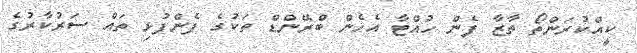
ކީއްކުރަންތޯ ތާޒާ ފެން ހުއްޓާ އެހެން ބްރޭންޑް ތަކުގެ ފެންފުޅި ތައް ސަރުކާރުގެ